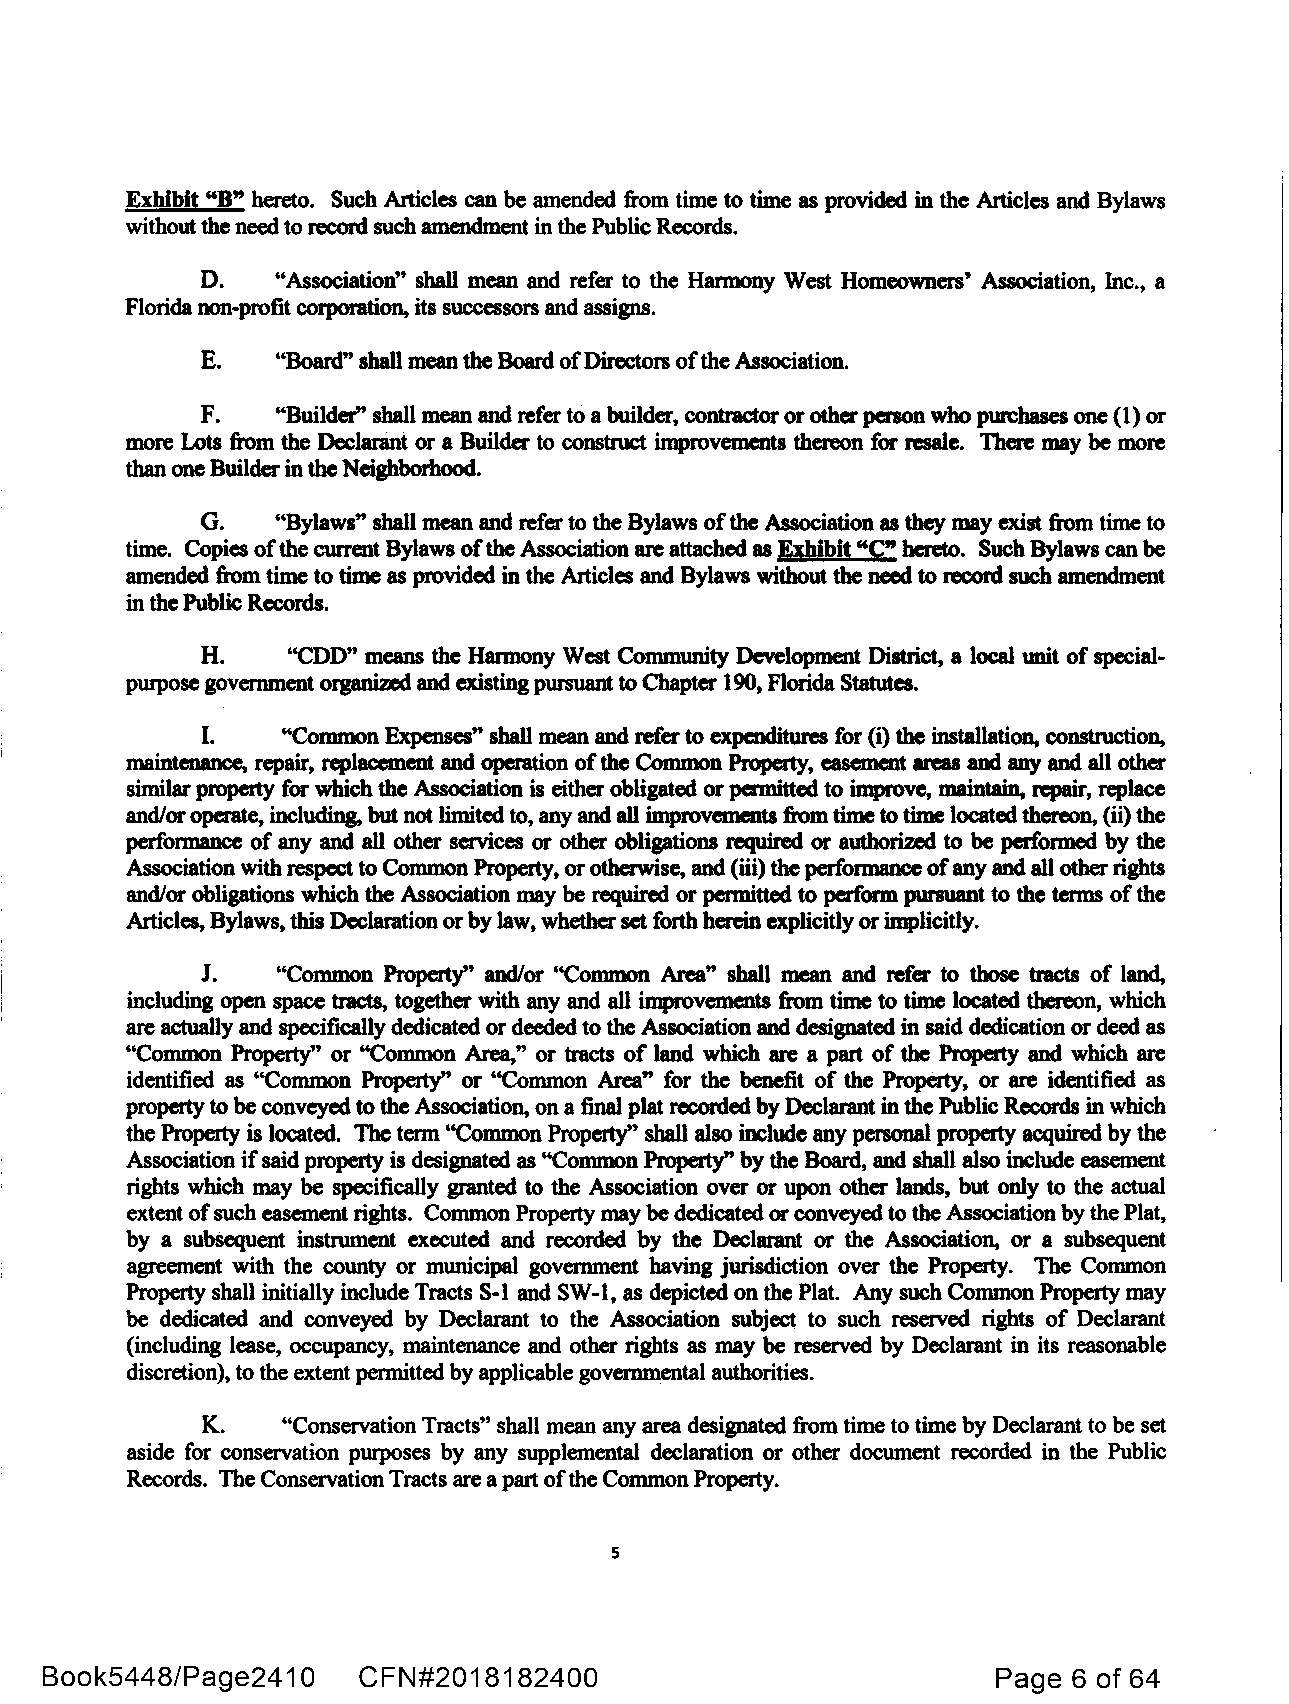
Exhibit "B" hereto. Such Articles can be amended from time to time as provided in the Articles and Bylaws
 without the need to record such amendment in the Public Records.
 D.   "Association" shall mean and refer to the Hannony West Homeowners' Association, Inc., a
 Florida non-profit corporation, its successors and assigns.
 E.   "Board" shall mean the Board ofDirectors ofthe Association.
 F.   "Builder" shall mean and refer to a builder, contractor or other person who purchases one (1) or
 more Lots from the Declarant or a Builder to construct improvements thereon for resale. There may be more
 than one Builder in the Neighborhood.
 G.   "Bylaws" shall mean and refer to the Bylaws of the Association as they may exist from time to
 time. Copies ofthe current Bylaws ofthe Association are attached as Exhibit "C" hereto. Such Bylaws can be
 amended from time to time as provided in the Articles and Bylaws without the need to record such amendment
 in the Public Records.
 H.    ''CDD" means the Harmony West Community Development District, a local unit of special-
 purpose government organiz.ed and existing pursuant to Chapter 190, Florida Statutes.
 I.    ''Common Expenses" shall mean and refer to expenditures for (i) the installation, construction,
 maintenance, repair, replacement and operation of the Common Property, easement areas and any and all other
 similar property for which the Association is either obligated or permitted to improve, maintain, repair, replace
 and/or operate, including, but not limited to, any and all improvements from time to time located thereon, (ii) the
 performance of any and all other services or other obligations required or authori7.ed to be performed by the
 Association with respect to Common Property, or otherwise, and (iii) the performance ofany and all other rights
 and/or obligations which the Association may be required or permitted to perform pursuant to the terms of the
 Articles, Bylaws, this Declaration or by law, whether set forth herein explicitly or implicitly.
 J.   "Common Property" and/or ''Common Area" shall mean and refer to those tracts of land,
 including open space tracts, together with any and all improvements from time to time located thereon, which
 are actually and specifically dedicated or deeded to the Association and designated in said dedication or deed as
 "Common Property" or ''Common Area," or tracts of land which are a part of the Property and which are
 identified as "Common Property" or ''Common Area" for the benefit of the Property, or are identified as
 property to be conveyed to the Association, on a final plat recorded by Declarant in the Public Records in which
 the Property is located. The term ''Common Property" shall also include any personal property acquired by the
 Association if said property is designated as ''Common Property" by the Board, and shall also include easement
 rights which may be specifically granted to the Association over or upon other lands, but only to the actual
 extent of such easement rights. Common Property may be dedicated or conveyed to the Association by the Plat,
 by a subsequent instrument executed and recorded by the Declarant or the Association, or a subsequent
 agreement with the county or municipal government having jurisdiction over the Property. The Common
 Property shall initially include Tracts S-1 and SW-1, as depicted on the Plat. Any such Common Property may
 be dedicated and conveyed by Declarant to the Association subject to such reserved rights of Declarant
 (including lease, occupancy, maintenance and other rights as may be reserved by Declarant in its reasonable
 discretion), to the extent permitted by applicable governmental authorities.
 K.    "Conservation Tracts" shall mean any area designated from time to time by Declarant to be set
 aside for conservation purposes by any supplemental declaration or other document recorded in the Public
 Records. The Conservation Tracts are a part ofthe Common Property.
 5
 Book5448/Page2410    CFN#2018182400                            Page 6 of 64